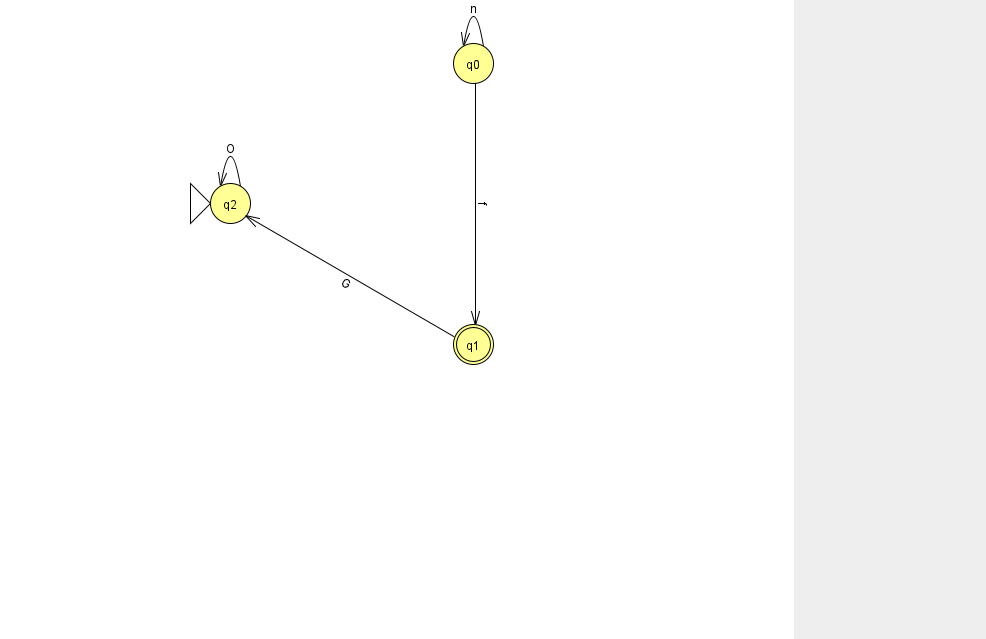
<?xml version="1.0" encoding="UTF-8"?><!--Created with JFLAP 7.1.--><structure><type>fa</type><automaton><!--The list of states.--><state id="0" name="q0"><x>473.0</x><y>50.0</y></state><state id="1" name="q1"><x>473.0</x><y>331.0</y><final/></state><state id="2" name="q2"><x>230.0</x><y>190.0</y><initial/></state><!--The list of transitions.--><transition><from>0</from><to>1</to><read>f</read></transition><transition><from>0</from><to>0</to><read>n</read></transition><transition><from>1</from><to>2</to><read>G</read></transition><transition><from>2</from><to>2</to><read>O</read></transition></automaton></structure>